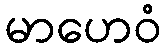
မာဟေဝံ